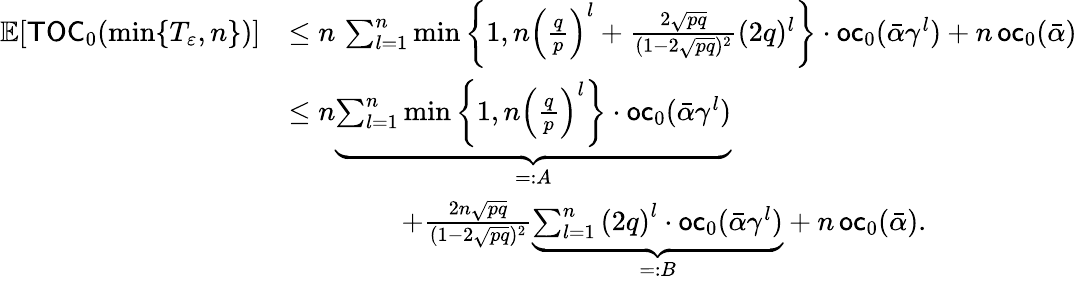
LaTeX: \begin{array}{rl}{\mathbb{E}[\mathsf{TOC}_{0}(\operatorname*{min}\{ T_{\varepsilon},n\} )]}&{\leq n\, \sum_{l=1}^{n}\operatorname*{min}\left\{ 1,n\left(\frac{q}{p}\right)^{l}+\frac{2\sqrt{pq}}{(1-2\sqrt{pq})^{2}}(2q)^{l}\right\} \cdot\mathsf{oc}_{0}(\bar{\alpha}\gamma^{l})+n\, \mathsf{oc}_{0}(\bar{\alpha})}\\ &{\leq n\underbrace{\sum_{l=1}^{n}\operatorname*{min}\left\{ 1,n\left(\frac{q}{p}\right)^{l}\right\} \cdot\mathsf{oc}_{0}(\bar{\alpha}\gamma^{l})}_{=:A}}\\ &{\qquad\qquad+\frac{2n\sqrt{pq}}{(1-2\sqrt{pq})^{2}}\underbrace{\sum_{l=1}^{n}\left(2q\right)^{l}\cdot\mathsf{oc}_{0}(\bar{\alpha}\gamma^{l})}_{=:B}+n\, \mathsf{oc}_{0}(\bar{\alpha}).}\end{array}